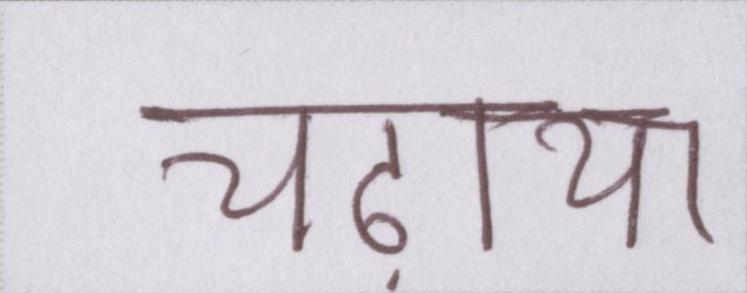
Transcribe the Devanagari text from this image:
चढ़ाया